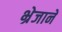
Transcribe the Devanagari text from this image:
भ्रेजाने